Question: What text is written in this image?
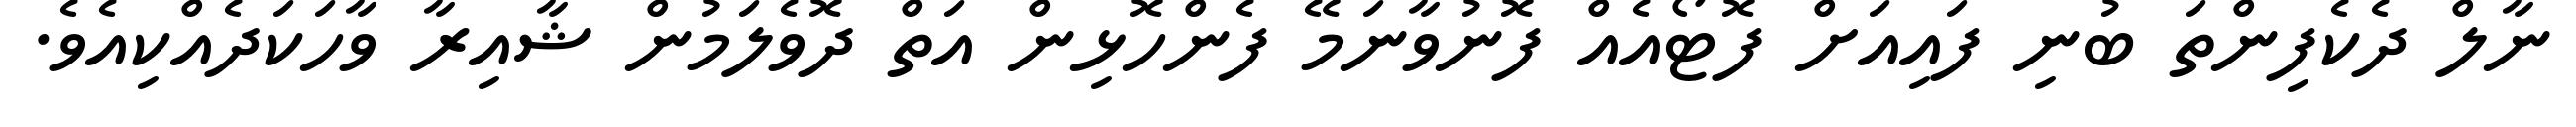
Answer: ނާލް ދެކެފިންތަ ބުނި ފައިއަށް ފޮޓޯއެއް ފޮނުވާނަމޭ ފެންހޮޅިން އަތް ދޮވެލަމުން ޝާއިރާ ވާހަކަދެއްކިއެވެ.